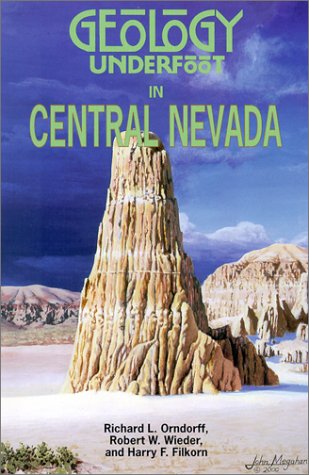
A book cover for Geology Underfoot in Central Nevada; Richard L. Orndorff; Travel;